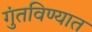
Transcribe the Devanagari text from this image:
गुंतविण्यात